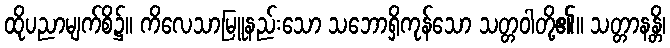
ထိုပညာမျက်စိ၌။ ကိလေသာမြူနည်းသော သဘောရှိကုန်သော သတ္တဝါတို့၏။ သတ္တာနန္တိ၊